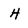
Character: H